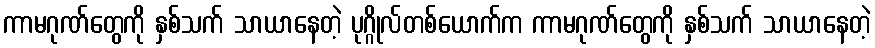
ကာမဂုဏ်တွေကို နှစ်သက် သာယာနေတဲ့ ပုဂ္ဂိုလ်တစ်ယောက်က ကာမဂုဏ်တွေကို နှစ်သက် သာယာနေတဲ့